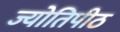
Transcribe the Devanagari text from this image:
ज्योतिपीठ